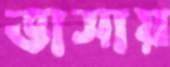
ভাসায়